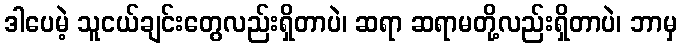
ဒါပေမဲ့ သူငယ်ချင်းတွေလည်းရှိတာပဲ၊ ဆရာ ဆရာမတို့လည်းရှိတာပဲ၊ ဘာမှ